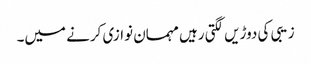
زیبی کی دوڑیں لگتی رہیں مہمان نوازی کرنے میں۔